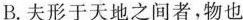
B.夫形于天地之间者，物也